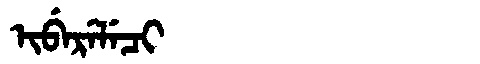
Manchu: ᡳᠪᡝᡵᡝᠯᡝᠴᡳ
Romanization: IBERELECI